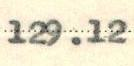
129.12